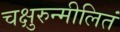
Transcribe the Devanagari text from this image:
चक्षुरुन्मीलितं